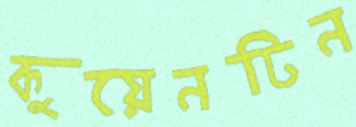
কুয়েনটিন